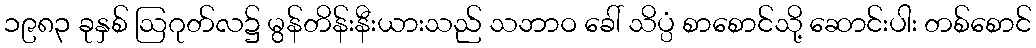
၁၉၈၃ ခုနှစ် ဩဂုတ်လ၌ မွန်တိန်းနီးယားသည် သဘာဝ ခေါ် သိပ္ပံ စာစောင်သို့ ဆောင်းပါး တစ်စောင်